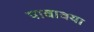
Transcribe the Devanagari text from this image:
पावावया